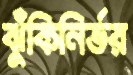
ঝুঁকিনির্ভর